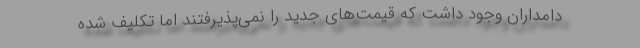
دامداران وجود داشت که قیمت‌های جدید را نمی‌پذیرفتند اما تکلیف شده